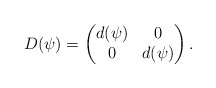
\begin{align*}D(\psi)=\begin{pmatrix}d(\psi)& 0 \\0& d(\psi)\end{pmatrix}.\end{align*}